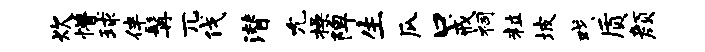
炊懵球伴髯兀伐潜允操陴生瓜口戒祠粒坡戏质颜